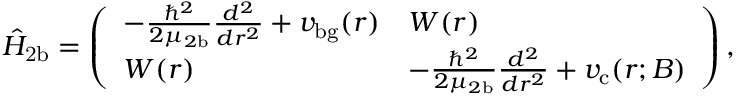
\hat { H } _ { \mathrm { 2 b } } = \left( \begin{array} { l l } { - \frac { \hbar ^ { 2 } } { 2 \mu _ { 2 \mathrm { b } } } \frac { d ^ { 2 } } { d r ^ { 2 } } + v _ { \mathrm { b g } } ( r ) } & { W ( r ) } \\ { W ( r ) } & { - \frac { \hbar ^ { 2 } } { 2 \mu _ { 2 \mathrm { b } } } \frac { d ^ { 2 } } { d r ^ { 2 } } + v _ { \mathrm { c } } ( r ; B ) } \end{array} \right) ,